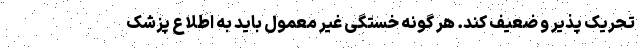
تحریک پذیر و ضعیف کند. هر گونه خستگی غیر معمول باید به اطلاع پزشک